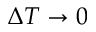
\Delta T \rightarrow 0